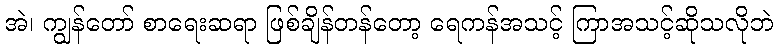
အဲ၊ ကျွန်တော် စာရေးဆရာ ဖြစ်ချိန်တန်တော့ ရေကန်အသင့် ကြာအသင့်ဆိုသလိုဘဲ